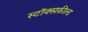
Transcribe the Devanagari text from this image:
स्टॉक्सफ़ील्ड